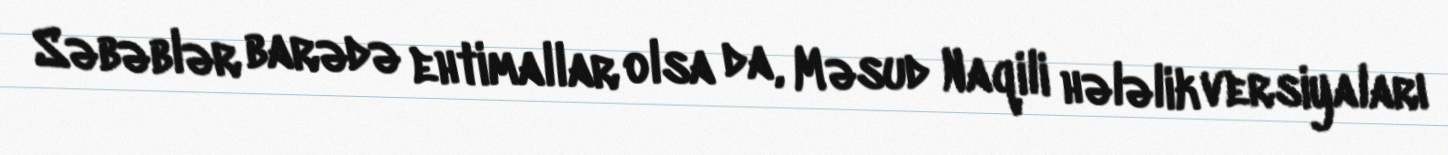
Səbəblər barədə ehtimallar olsa da, Məsud Naqili hələlik versiyaları